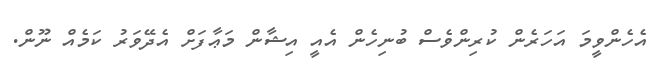
އެހެންވީމަ އަހަރެން ކުރިންވެސް ބުނިހެން އެއީ އިޝާން މަޢާފަށް އެދޭވަރު ކަމެއް ނޫން.